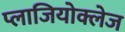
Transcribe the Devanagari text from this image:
प्लाजियोक्लेज